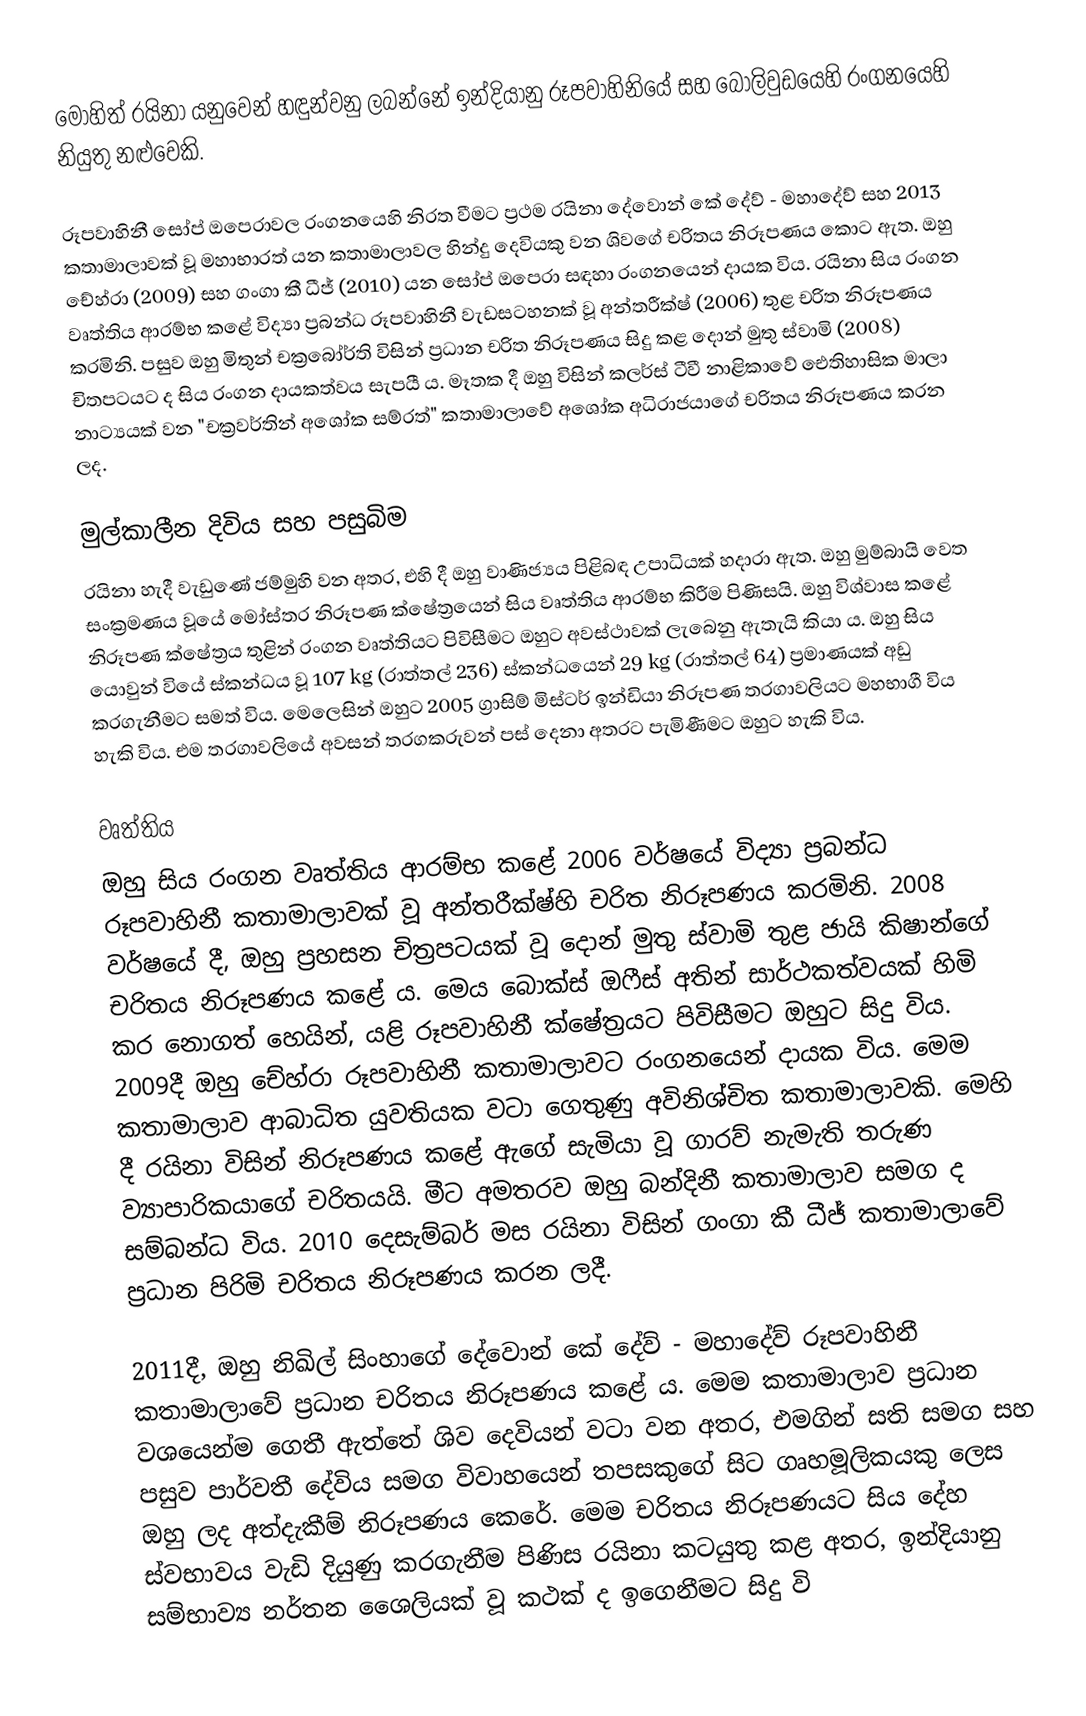
මෝහිත් රයිනා යනුවෙන් හඳුන්වනු ලබන්නේ ඉන්දියානු රූපවාහිනියේ සහ බොලිවුඩයෙහි රංගනයෙහි නියුතු නළුවෙකි.

රූපවාහිනී සෝප් ඔපෙරාවල රංගනයෙහි නිරත වීමට ප්‍රථම රයිනා දේවොන් කේ දේව් - මහාදේව් සහ 2013 කතාමාලාවක් වූ මහාභාරත් යන කතාමාලාවල හින්දු දෙවියකු වන ශිවගේ චරිතය නිරූපණය කොට ඇත. ඔහු චේහ්රා (2009) සහ ගංගා කී ධීජ් (2010) යන සෝප් ඔපෙරා සඳහා රංගනයෙන් දායක විය. රයිනා සිය රංගන වෘත්තිය ආරම්භ කළේ  විද්‍යා ප්‍රබන්ධ රූපවාහිනී වැඩසටහනක් වූ අන්තරීක්ෂ් (2006) තුළ චරිත නිරූපණය කරමිනි. පසුව ඔහු මිතුන් චක්‍රබෝර්ති විසින් ප්‍රධාන චරිත නිරූපණය සිදු කළ දොන් මුතු ස්වාමි (2008) චිතපටයට ද සිය රංගන දායකත්වය සැපයී ය. මෑතක දී ඔහු විසින් කලර්ස් ටීවී නාළිකාවේ ඓතිහාසික මාලා නාට්‍යයක් වන "චක්‍රවර්තින් අශෝක සම්රත්" කතාමාලාවේ අශෝක අධිරාජයාගේ චරිතය නිරූපණය කරන ලද.

මුල්කාලීන දිවිය සහ පසුබිම
රයිනා හැදී වැඩුණේ ජම්මුහි වන අතර, එහි දී ඔහු වාණිජ්‍යය පිළිබඳ උපාධියක් හදාරා ඇත. ඔහු මුම්බායි වෙත සංක්‍රමණය වූයේ මෝස්තර නිරූපණ ක්ෂේත්‍රයෙන් සිය වෘත්තිය ආරම්භ කිරීම පිණිසයි. ඔහු විශ්වාස කළේ නිරූපණ ක්ෂේත්‍රය තුළින් රංගන වෘත්තියට පිවිසීමට ඔහුට අවස්ථාවක් ලැබෙනු ඇතැයි කියා ය. ඔහු සිය යොවුන් වියේ ස්කන්ධය වූ  107 kg (රාත්තල් 236) ස්කන්ධයෙන් 29 kg (රාත්තල් 64) ප්‍රමාණයක් අඩු කරගැනීමට සමත් විය. මෙලෙසින් ඔහුට 2005 ග්‍රාසිම් මිස්ටර් ඉන්ඩියා නිරූපණ තරගාවලියට මහභාගී විය හැකි විය. එම තරගාවලියේ අවසන් තරගකරුවන් පස් දෙනා අතරට පැමිණීමට ඔහුට හැකි විය.

වෘත්තිය
ඔහු සිය රංගන වෘත්තිය ආරම්භ කළේ 2006 වර්ෂයේ විද්‍යා ප්‍රබන්ධ රූපවාහිනී කතාමාලාවක් වූ අන්තරීක්ෂ්හි චරිත නිරූපණය කරමිනි. 2008 වර්ෂයේ දී, ඔහු ප්‍රහසන චිත්‍රපටයක් වූ දොන් මුතු ස්වාමි තුළ ජායි කිෂාන්ගේ චරිතය නිරූපණය කළේ ය. මෙය බොක්ස් ඔෆීස් අතින් සාර්ථකත්වයක් හිමි කර නොගත් හෙයින්, යළි රූපවාහිනී ක්ෂේත්‍රයට පිවිසීමට ඔහුට සිදු විය. 2009දී ඔහු චේහ්රා රූපවාහිනී කතාමාලාවට රංගනයෙන් දායක විය. මෙම කතාමාලාව ආබාධිත යුවතියක වටා ගෙතුණු අවිනිශ්චිත කතාමාලාවකි. මෙහි දී රයිනා විසින් නිරූපණය කළේ ඇගේ සැමියා වූ ගාරව් නැමැති තරුණ ව්‍යාපාරිකයාගේ චරිතයයි. මීට අමතරව ඔහු බන්දිනී කතාමාලාව සමග ද සම්බන්ධ විය. 2010 දෙසැම්බර් මස රයිනා විසින් ගංගා කී ධීජ් කතාමාලාවේ ප්‍රධාන පිරිමි චරිතය නිරූපණය කරන ලදී.

2011දී, ඔහු නිඛිල් සිංහාගේ දේවොන් කේ දේව් - මහාදේව් රූපවාහිනී කතාමාලාවේ ප්‍රධාන චරිතය නිරූපණය කළේ ය. මෙම කතාමාලාව ප්‍රධාන ව‍ශයෙන්ම ගෙතී ඇත්තේ ශිව දෙවියන් වටා වන අතර, එමගින් සති සමග සහ පසුව පාර්වතී දේවිය සමග විවාහයෙන් තපසකුගේ සිට ගෘහමූලිකයකු ලෙස ඔහු ලද අත්දැකීම් නිරූපණය කෙරේ. මෙම චරිතය නිරූපණයට සිය දේහ ස්වභාවය වැඩි දියුණු කරගැනීම පිණිස රයිනා කටයුතු කළ අතර, ඉන්දියානු සම්භාව්‍ය නර්තන ශෛලියක් වූ කථක් ද ඉගෙනීමට සිදු වි